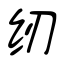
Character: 纫